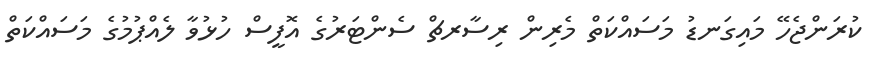
ކުރަންޖެހޭ މައިގަނޑު މަސައްކަތް މެރިން ރިސާރޗް ސެންޓަރުގެ އޮފީސް ހުޅުވާ ލެއްޕުމުގެ މަސައްކަތް